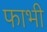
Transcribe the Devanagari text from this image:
फाभी